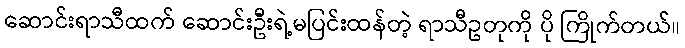
ဆောင်းရာသီထက် ဆောင်းဦးရဲ့မပြင်းထန်တဲ့ ရာသီဥတုကို ပို ကြိုက်တယ်။